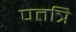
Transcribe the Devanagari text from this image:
पतत्रि